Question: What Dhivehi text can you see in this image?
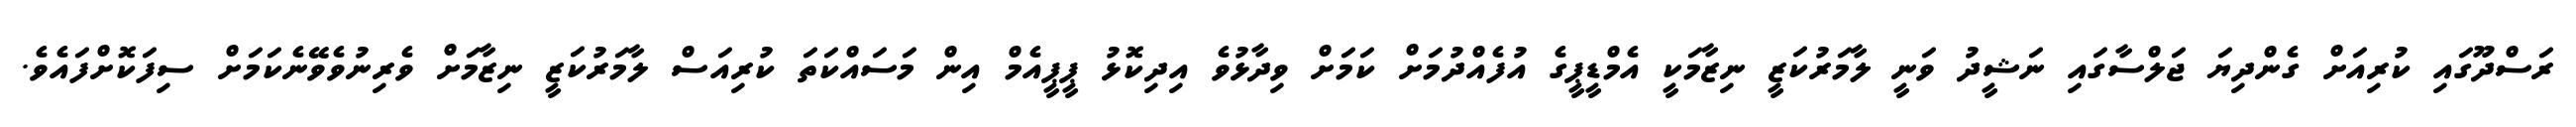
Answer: ރަސްދޫގައި ކުރިއަށް ގެންދިޔަ ޖަލްސާގައި ނަޝީދު ވަނީ ލާމަރުކަޒީ ނިޒާމަކީ އެމްޑީޕީގެ އުފެއްދުމަށް ކަމަށް ވިދާޅުވެ އިދިކޮޅު ޕީޕީއެމް އިން މަސައްކަތަ ކުރިއަސް ލާމަރުކަޒީ ނިޒާމަށް ވެރިނުވެވޭނެކަމަށް ސިފަކޮށްފައެވެ.